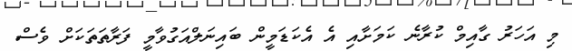
މި އަހަރު ގާއިމް ކުރާނެ ކަމަށާއި އެ އެކަޑަމީން ބައިނަލްއަގުވާމީ ފަރާތަތަކަށް ވެސް